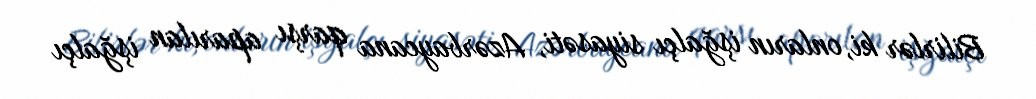
Bilirlər ki, onların işğalçı siyasəti, Azərbaycana qarşı aparılan işğalçı